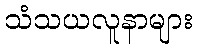
သံသယလူနာများ